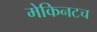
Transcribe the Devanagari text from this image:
मेकिनटच